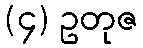
(၄) ဥတုဇ